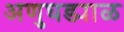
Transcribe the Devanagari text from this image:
अणुघड्याळ